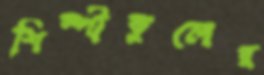
শিল্পীকুলের